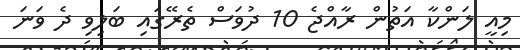
މިއީ ލަންކާ އަތުން ރާއްޖެ 10 ދުވަސް ތެރޭގައި ބަލިވި ދެ ވަނަ